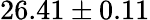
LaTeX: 26.41\pm 0.11